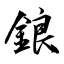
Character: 鋃